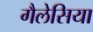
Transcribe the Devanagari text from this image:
गैलेसिया